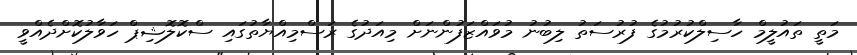
މަތީ ތައުލީމް ހާސިލްކުރުމުގެ ފުރުސަތު ލިބުނު މުވައްޒަފުންނަށް މިއަދުގެ ރަސްމިއްޔާތުގައި ސްކޮލޮޝިޕް ހަވާލުކޮށްދެއްވީ